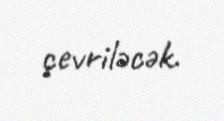
çevriləcək.